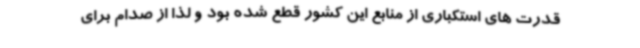
قدرت های استکباری از منابع این کشور قطع شده بود و لذا از صدام برای